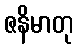
ဇနိမာတု